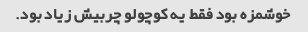
خوشمزه بود فقط یه کوچولو چربیش زیاد بود.